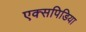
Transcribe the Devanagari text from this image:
एक्सपिडिया